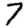
Digit: 7